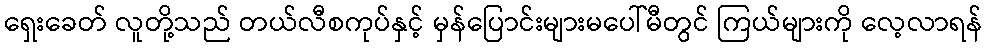
ရှေးခေတ် လူတို့သည် တယ်လီစကုပ်နှင့် မှန်ပြောင်းများမပေါ်မီတွင် ကြယ်များကို လေ့လာရန်